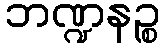
ဘဏ္ဍနဉ္စ